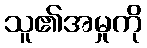
သူ၏အမှုကို